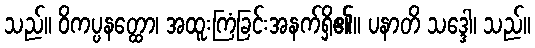
သည်။ ဝိကပ္ပနတ္ထော၊ အထူးကြံခြင်းအနက်ရှိ၏။ ပနာတိ သဒ္ဒေါ၊ သည်။